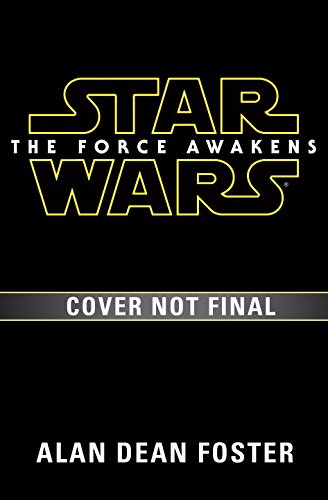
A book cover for The Force Awakens (Star Wars); Alan Dean Foster; Science Fiction & Fantasy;